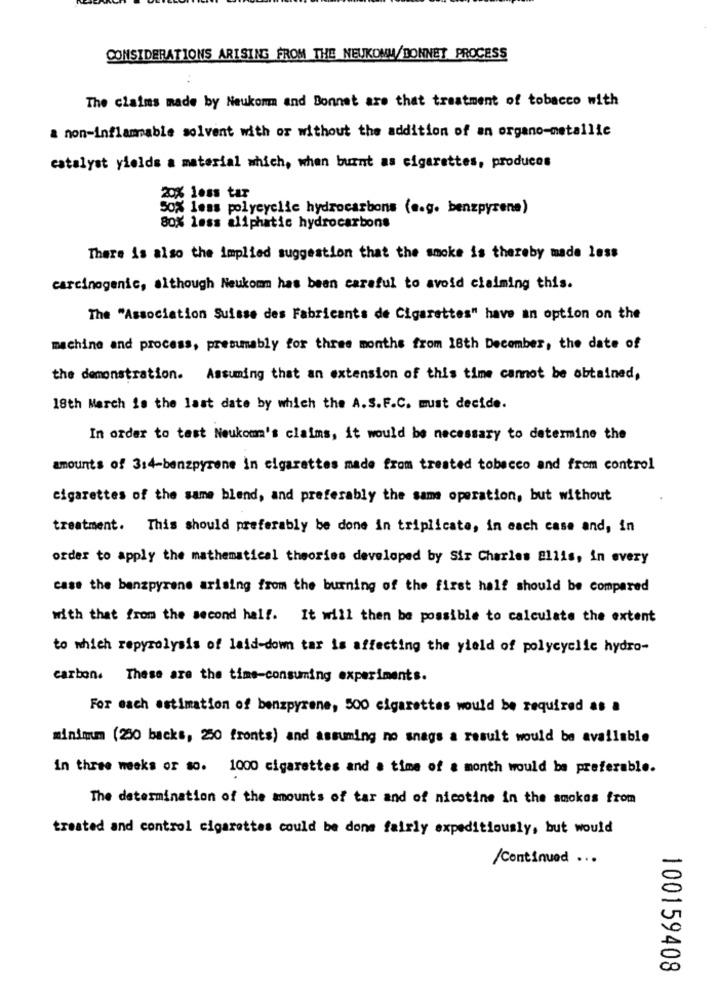
CONSIDERATIONS ARISING FROM THE NEUKOMU/BONNET PROCESS
The claims made by Neukonm and Bonnet are that treatment of tobacco with
a non-inflammable solvent with or without the addition of an organo-metallic
catalyst yields a material which, when burnt as cigarettes, produces
20% less tar
50% less polycyclic hydrocarbons (e.g. benzpyrene)
80% less aliphatic hydrocarbons
There is also the implied suggestion that the smoke is thereby made less
carcinogenic, although Neukom has been careful to avoid claiming this.
The "Association Suisse des Fabricants de Cigarettes" have an option on the
machine and process, presumably for three months from 18th December, the date of
the demonstration. Assuming that an extension of this time cannot be obtained,
18th March is the last date by which the A.S.F.C. must decide.
In order to test Neukom's claims, it would be necessary to determine the
amounts of 3:4-benzpyrene in cigarettes made from treated tobacco and from control
cigarettes of the same blend, and preferably the same operation, but without
treatment. This should preferably be done in triplicate, in each case and, in
order to apply the mathematical theories developed by Sir Charles Ellis, in every
case the benzpyrene arising from the burning of the first half should be compared
with that from the second half. It will then be possible to calculate the extent
to which repyrolysis of laid-down tar is affecting the yield of polycyclic hydro-
carbon. These are the time-consuming experiments.
For mach estimation of benzpyrene, 500 cigarettes would be required as a
minimum (250 backs, 250 fronts) and assuming no snags a result would be available
in three weeks or so. 1000 cigarettes and a time of a month would be preferable.
The determination of the mounts of tar and of nicotine in the smokes from
treated and control cigarettes could be done fairly expeditiously, but would
/ Continued ...
100159408